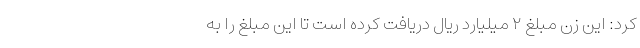
کرد: این زن مبلغ ۲ میلیارد ریال دریافت کرده است تا این مبلغ را به